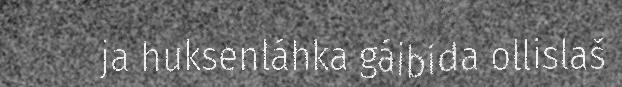
ja huksenláhka gáibida ollislaš